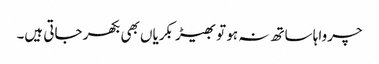
چرواہا ساتھ نہ ہو تو بھیڑ بکریاں بھی بکھر جاتی ہیں۔